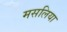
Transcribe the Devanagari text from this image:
मसलिया